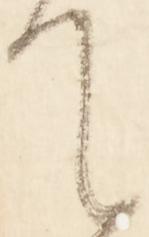
て